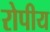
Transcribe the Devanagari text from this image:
रोपीय